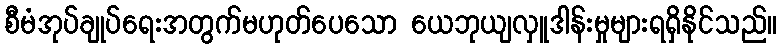
စီမံအုပ်ချုပ်ရေးအတွက်မဟုတ်ပေသော ယေဘုယျလှူဒါန်းမှုများရရှိနိုင်သည်။